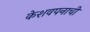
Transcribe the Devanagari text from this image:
केशवपनाची